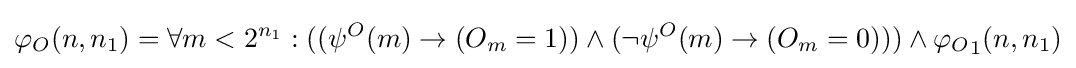
\varphi _{O}(n,n_{1})=\forall m<2^{n_{1}}:((\psi ^{O}(m)\rightarrow (O_{m}=1))\land (\lnot \psi ^{O}(m)\rightarrow (O_{m}=0)))\land {\varphi _{O}}_{1}(n,n_{1})